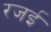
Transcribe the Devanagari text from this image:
रजई